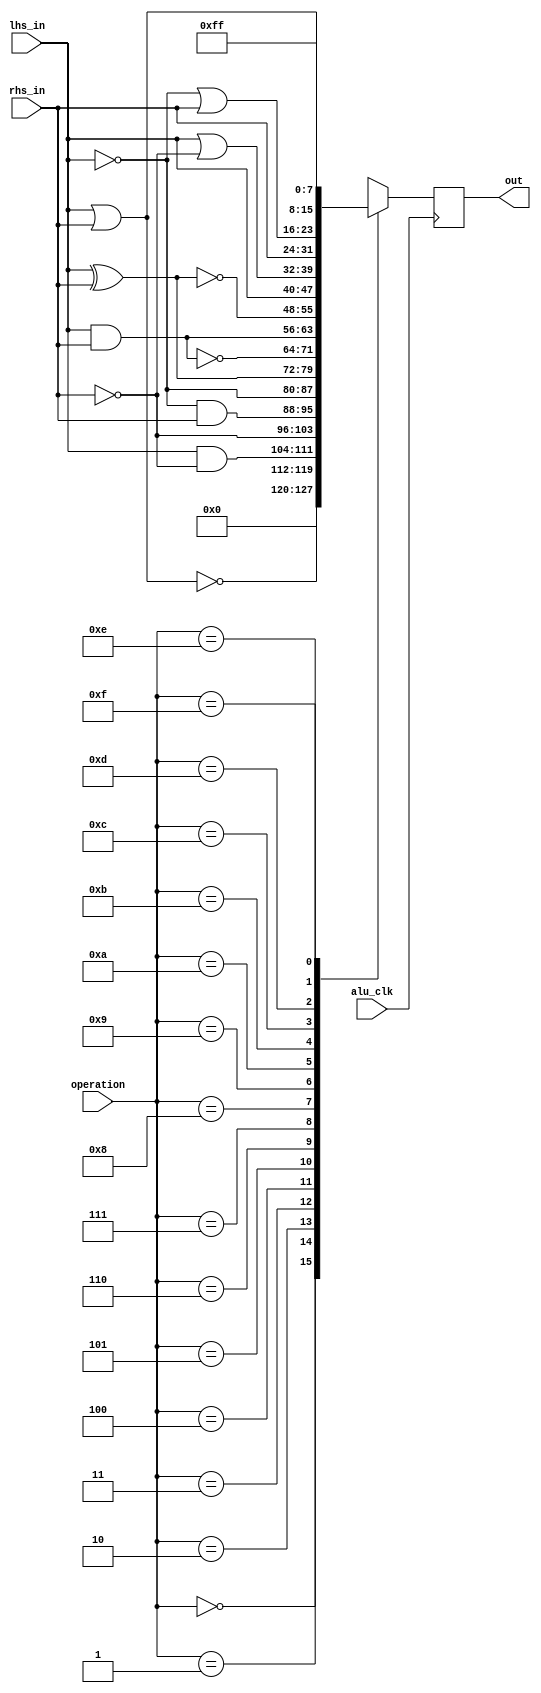
module rhs #(
    parameter WIDTH = 8
) (
    input alu_clk,
    input [3:0] operation,
    input [WIDTH-1:0] lhs_in,
    input [WIDTH-1:0] rhs_in,
    output reg [WIDTH-1:0] out
);
    initial begin
        out = 0;
    end
    // do everything at a clock edge to make timing more predictable
    always @(posedge alu_clk) begin
        case (operation)
            4'b0000: out <= 0;                      // zero
            4'b0001: out <= ~(lhs_in | rhs_in);     // nor
            4'b0010: out <= lhs_in & ~rhs_in;       // A !B
            4'b0011: out <= ~rhs_in;                // !B Pass
            4'b0100: out <= ~lhs_in & rhs_in;       // !A B
            4'b0101: out <= ~lhs_in;                // !A Pass
            4'b0110: out <= lhs_in ^ rhs_in;        // A ^ B (XOR)
            4'b0111: out <= ~(lhs_in & rhs_in);     // NAND
            4'b1000: out <= lhs_in & rhs_in;        // AND
            4'b1001: out <= ~(lhs_in ^ rhs_in);     // XNOR
            4'b1010: out <= lhs_in;                 // A Pass
            4'b1011: out <= lhs_in | ~rhs_in;       // A+!B
            4'b1100: out <= rhs_in;                 // B Pass
            4'b1101: out <= ~lhs_in | rhs_in;       // !A + B
            4'b1110: out <= lhs_in | rhs_in;        // OR
            4'b1111: out <= ~0;                     // ~zero 
        endcase
    end
endmodule